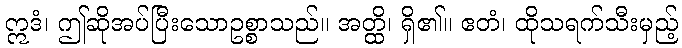
ဣဒံ၊ ဤဆိုအပ်ပြီးသောဥစ္စာသည်။ အတ္ထိ၊ ရှိ၏။ ဧတံ၊ ထိုသရက်သီးမှည့်